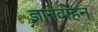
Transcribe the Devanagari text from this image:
ज्ञानवाहन